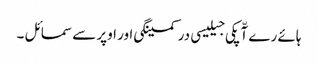
ہائے رے آّپکی جیلیسی در کمینگی اور اوپر سے سمائل ۔